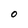
Character: o